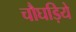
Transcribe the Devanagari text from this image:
चौघड़िये